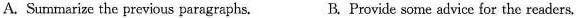
A. Summarize the previous paragraphs. B. Provide some advice for the readers,